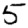
Digit: 5